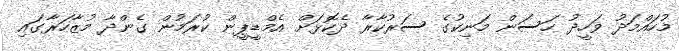
މުހައްމަދު ވަހީދު ހަސަން މަނިކުގެ ސަރުކާރާ ދެކޮޅަށް އެމްޑީޕީން ކުރަމުން ގެންދާ މުޒާހަރާގައި